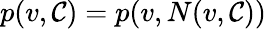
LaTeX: p(v,\mathcal{C})=p(v,N(v,\mathcal{C}))